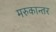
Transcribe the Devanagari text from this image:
मरुकान्तर